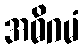
အဓိဂမံ